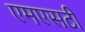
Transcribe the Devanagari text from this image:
एमएसटी